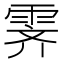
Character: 霁